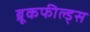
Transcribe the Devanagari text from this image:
ब्रूकफील्ड्स